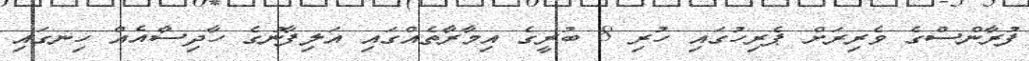
ފުރާންސްގެ ވެރިރަށް ޕެރިހުގައި ހުރި 8 ބުރީގެ އިމާރާތެއްގައި އަލިފާނުގެ ހާދިސާއެއް ހިނގައި